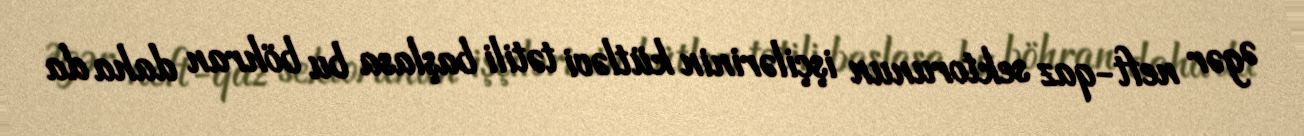
Əgər neft-qaz sektorunun işçilərinin kütləvi tətili başlasa bu böhran daha da